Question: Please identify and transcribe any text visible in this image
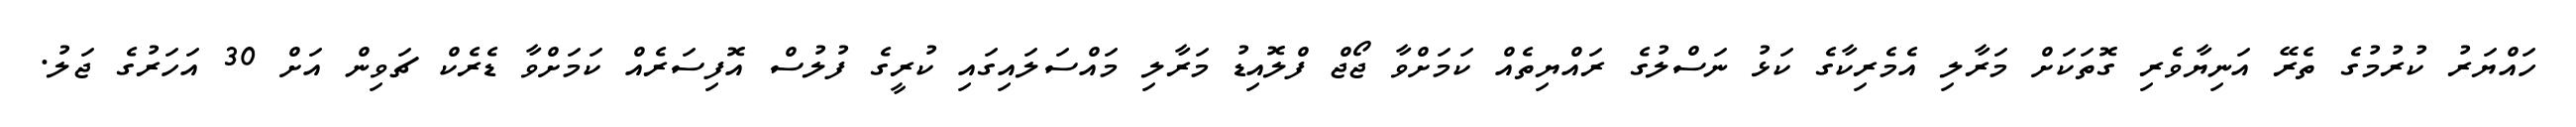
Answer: ހައްޔަރު ކުރުމުގެ ތެރޭ އަނިޔާވެރި ގޮތަކަށް މަރާލި އެމެރިކާގެ ކަޅު ނަސްލުގެ ރައްޔިތެއް ކަމަށްވާ ޖޯޖް ފްލޮއިޑު މަރާލި މައްސަލައިގައި ކުރީގެ ފުލުސް އޮފިސަރެއް ކަމަށްވާ ޑެރެކް ޗަވިން އަށް 30 އަހަރުގެ ޖަލު.